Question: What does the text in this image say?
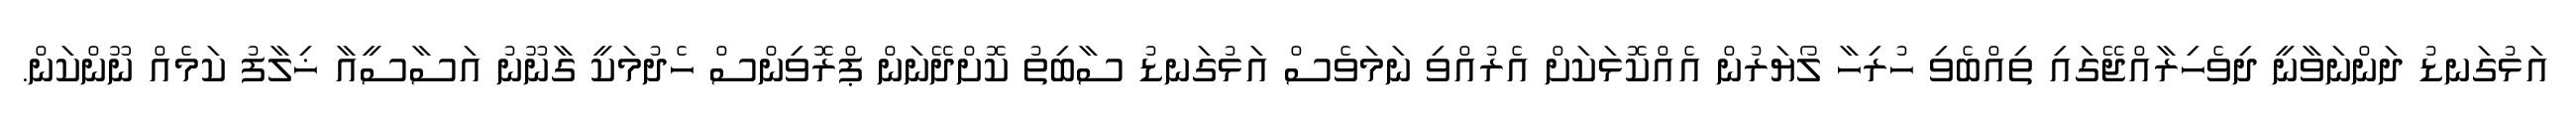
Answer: އަޅުގަނޑު ދަންނަވާނީ ދިވެހިރާއްޖޭގައި ތިއްބެވި ހުރިހާ ލޯޔަރުން އެއްކޮޅަކަށް އެރުއްވި ނަމަވެސް އަޅުގަނޑު ސާބިތު ކޮށްދޭނަން ޕްރޮވިންސް ހެދުމަކީ ގާނޫނު އަސާސީއާ ޚިލާފު ކަމެއް ނޫންކަން.